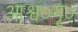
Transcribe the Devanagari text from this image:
आश्व०गृ०